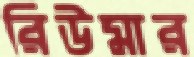
রিউমার